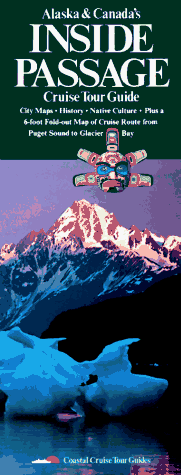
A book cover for Alaska & Canada's Inside Passage (Cruise Tour Guide); Coastal Cruise Tour Guides; Travel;